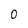
Character: 0